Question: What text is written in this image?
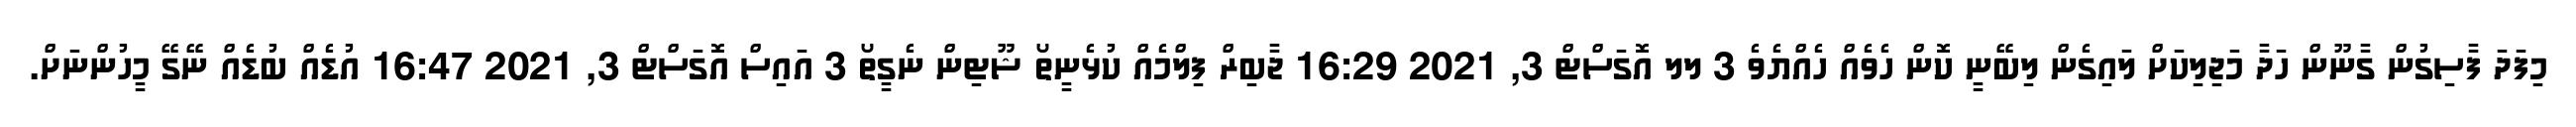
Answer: މިފަދަ ފާސިގުން ގާނޫން ހަދާ މަޖިލިކަށް ލައިގެން ލިބޭނީ ކޮން ހެވެއް ހެއްޔެވެ 3 ލލ އޮގަސްޓް 3, 2021 16:29 ޖާބިރް ފިލްމެއް ކުޅެނީތޯ ޝޫޓިން ނެގީތޯ 3 އައިސް އޮގަސްޓް 3, 2021 16:47 އުޑެއް ބުޑެއް ނޭގޭ މީހުންނަށް.